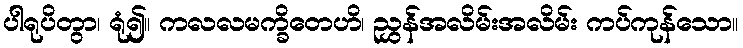
ပါရုပိတွာ၊ ရုံ၍။ ကလလမက္ခိတေဟိ၊ ညွှန်အလိမ်းအလိမ်း ကပ်ကုန်သော။